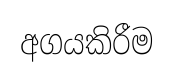
අගයකිරීම